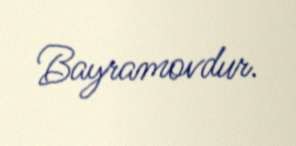
Bayramovdur.